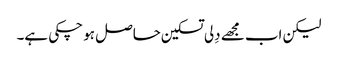
لیکن اب مجھے دِلی تسکین حاصل ہو چکی ہے۔